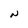
Character: N